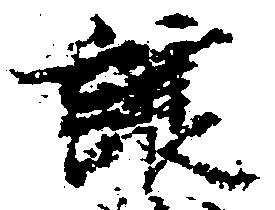
譲